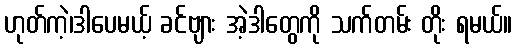
ဟုတ်ကဲ့၊ဒါပေမယ့် ခင်ဗျား အဲ့ဒါတွေကို သက်တမ်း တိုး ရမယ်။